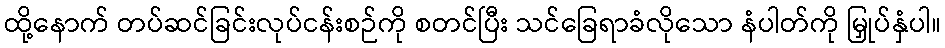
ထို့နောက် တပ်ဆင်ခြင်းလုပ်ငန်းစဉ်ကို စတင်ပြီး သင်ခြေရာခံလိုသော နံပါတ်ကို မြှုပ်နှံပါ။